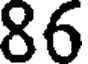
86